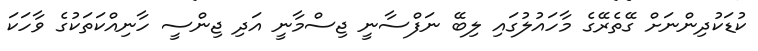
ކުޑަކުދިންނަށް ގޭތެރޭގެ މާހައުލުގައި ލިބޭ ނަފްސާނީ ޖިސްމާނީ އަދި ޖިންސީ ހާނިއްކަތަކުގެ ވާހަކަ